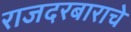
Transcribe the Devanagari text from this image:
राजदरबाराचे